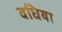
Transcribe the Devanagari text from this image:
वधिया